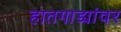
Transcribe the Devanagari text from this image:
हातगाड्यांवर